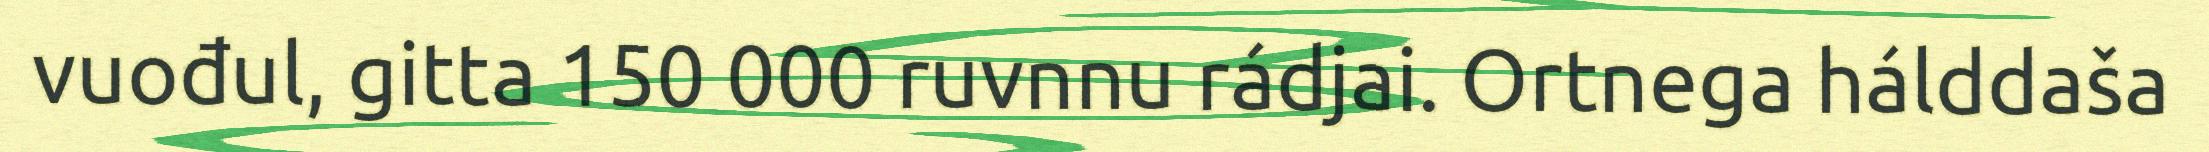
vuođul, gitta 150 000 ruvnnu rádjai. Ortnega hálddaša